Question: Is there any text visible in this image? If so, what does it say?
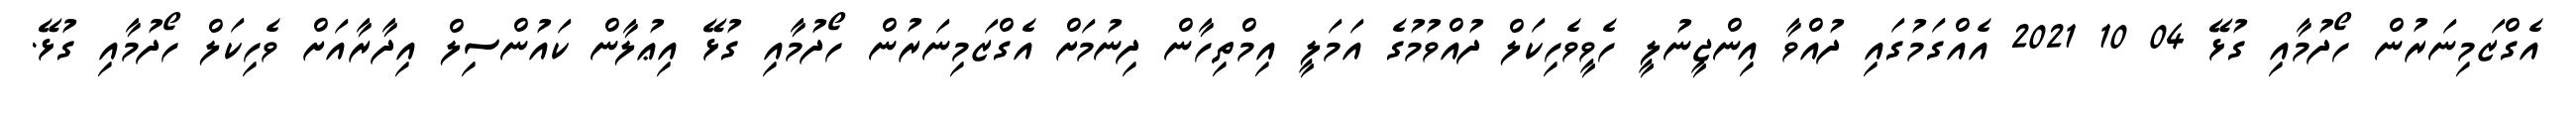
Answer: އެގްޒަމިނަރުން ހޯދުމާއި ގުޅޭ 04 10 2021 އެއްގަމުގައި ދުއްވާ އިންޖީނުލީ ހެވީވެހިކަލް ދުއްވުމުގެ އަމަލީ އިމްތިހާން ދިނުމަށް އެގްޒަމިނަރުން ހޯދުމާއި ގުޅޭ އިޢުލާން ކައުންސިލް އިދާރާއަށް ވެހިކަލް ހޯދުމާއި ގުޅޭ.